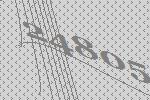
24805